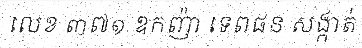
លេខ ៣៧១ ឧកញ៉ា ទេពផន សង្កាត់